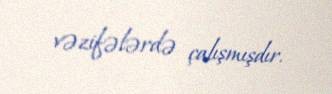
vəzifələrdə çalışmışdır.